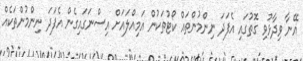
އޭނާ ވިދާޅުވި ގޮތުގައި އެފަދަ ނިންމުންތައް ކޯޓުތަކުން އަމިއްލައަށް އިސްނަގައިގެން އެފަދަ ނިންމުންތަކެއް